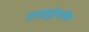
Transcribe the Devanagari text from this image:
हाइड्रोप्लेन